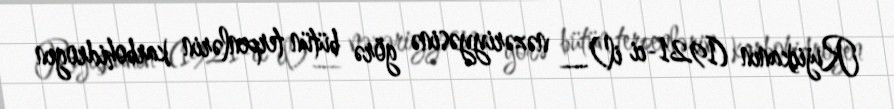
Rujiçkanın (1921-ci il)_ nəzəriyyəsinə görə bütün terpenlərin karbohidrogen